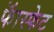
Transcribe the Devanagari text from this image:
फॅास्फेट